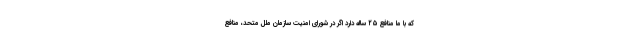
که با ما منافع ۲۵ ساله دارد اگر در شورای امنیت سازمان ملل متحد، منافع